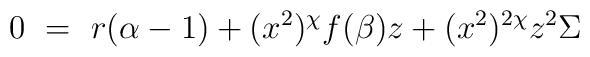
0 ~=~ r(\alpha-1) + (x^2)^\chi f(\beta) z + (x^2)^{2\chi} z^2 \Sigma